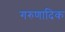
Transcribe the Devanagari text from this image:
गरुणादिक